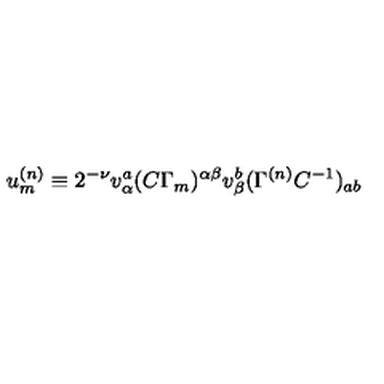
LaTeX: u _ { { m } } ^ { { ( n ) } } \equiv 2 ^ { - \nu } v _ { \alpha } ^ { { a } } ( C \Gamma _ { { m } } ) ^ { \alpha \beta } v _ { \beta } ^ { { b } } ( \Gamma ^ { { ( n ) } } C ^ { - { 1 } } ) _ { { a b } }